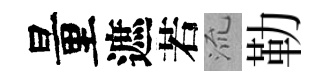
量遮若𣴑勒